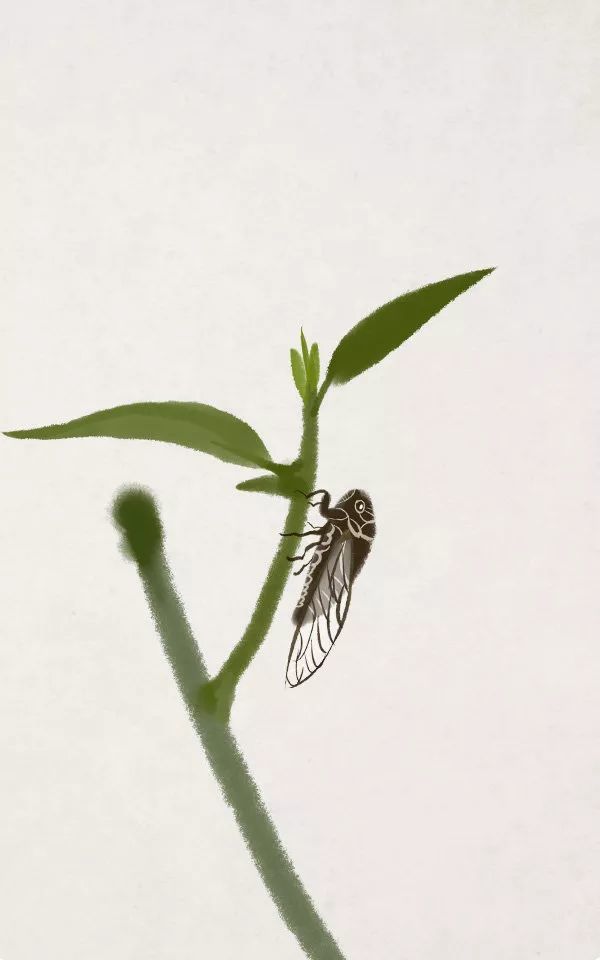
古路无行客，寒山独见君。